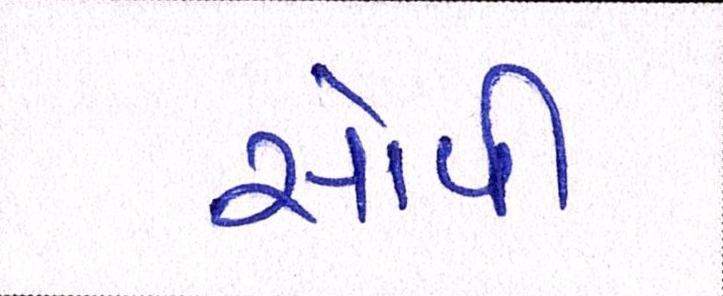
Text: સોપી